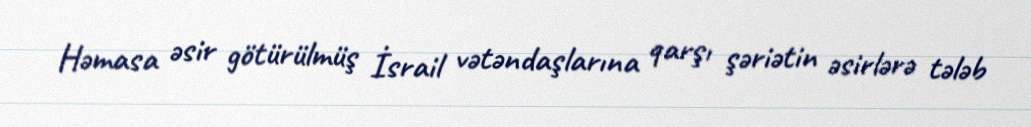
Həmasa əsir götürülmüş İsrail vətəndaşlarına qarşı şəriətin əsirlərə tələb